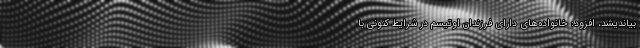
بیاندیشد، افزود: خانواده‌های دارای فرزندان اوتیسم در شرایط کنونی با